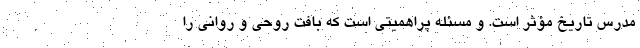
مدرس تاریخ مؤثر است. و مسئله پراهمیتی است که بافت روحی و روانی را